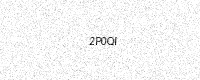
Text: 2P0QI